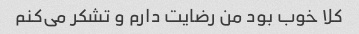
کلا خوب بود من رضایت دارم و تشکر می‌کنم